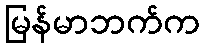
မြန်မာဘက်က